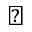
\perp